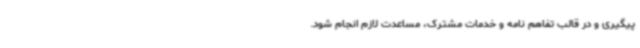
پیگیری و در قالب تفاهم نامه و خدمات مشترک، مساعدت لازم انجام شود.